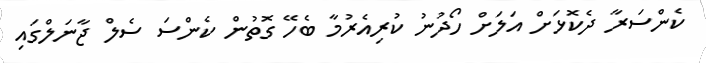
ކެންސަރާ ދެކޮޅަށް އަލަށް ހޯދުނު ކުރިއެރުމާ ބެހޭ ގޮތުން ކެންސަ ސެލް ޖާނަލްގައި